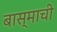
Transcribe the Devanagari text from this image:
बास्माची